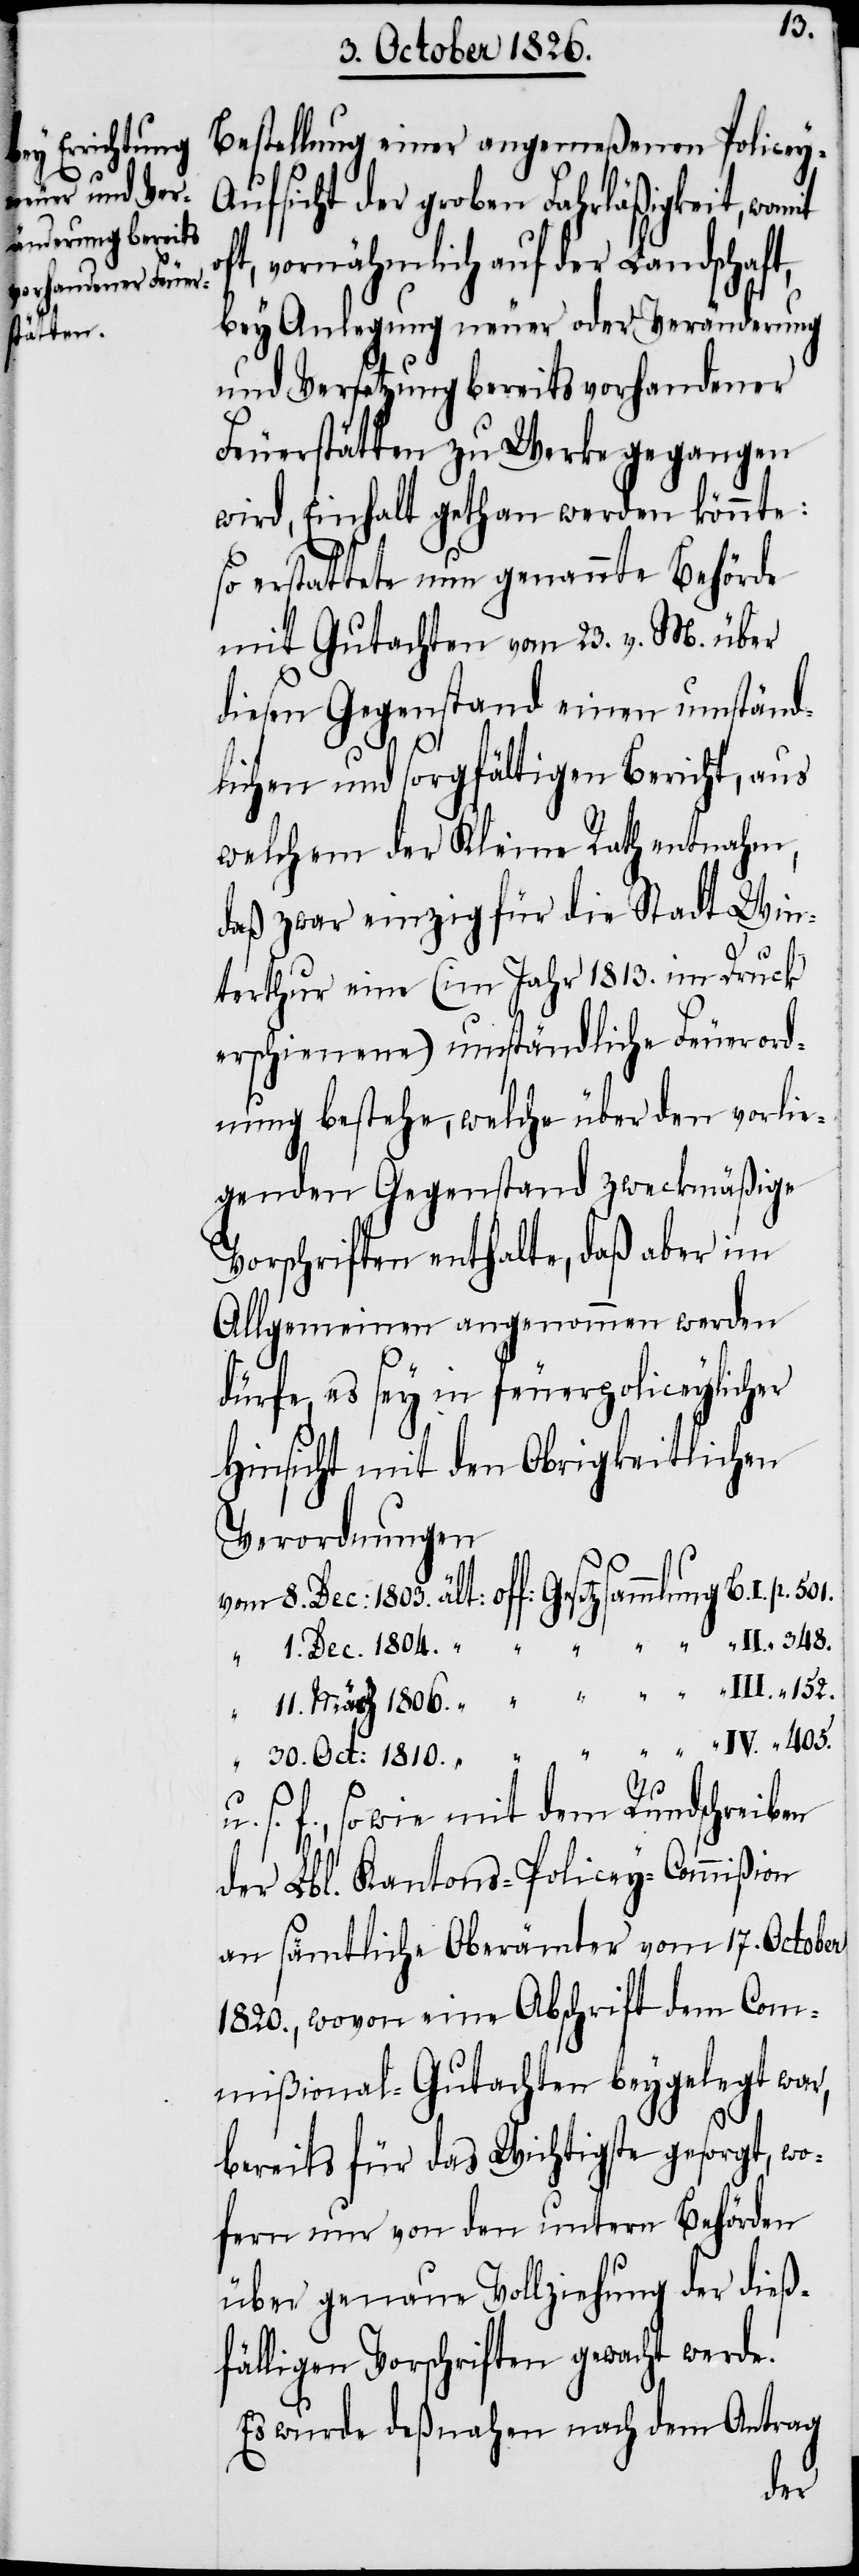
405.
Bestellung einer angemeßenen Policey-A¬
ufsicht der groben Fahrläßigkeit, womit
vornähmlich auf der Landschaft,
bey Anlegung neuer oder Veränderung
und Versetzung bereits vorhandener
Feuerstätten zu Werke gegangen
wird, Einhalt gethan werden könnte.
So erstattete nun genannte Behörde
mit Gutachten vom 23. v. M. über
diesen Gegenstand einen umständ¬
lichen und sorgfältigen Bericht, aus
welchem der Kleine Rath entnahm,
daß zwar einzig für die Stadt Win¬
terthur eine (im Jahr 1813. im Druck
erschienene) umständliche Feuerord¬
nung bestehe, welche über den vorlie¬
genden Gegenstand zweckmäßige
Vorschriften enthalte, daß aber im
Allgemeinen angenommen werden
dürfe, es sey in feuerpoliceylicher
Hinsicht mit den Obrigkeitlichen
Verordnungen
s. f., so wie mit dem Rundschreiben
der Lbl. Kantons-Policey-Commißion
an sämtliche Oberämter vom 18. October
1820., wovon eine Abschrift dem Com¬
mißional-Gutachten beygelegt war,
bereits für das Wichtigste gesorgt, wo¬
fern nur von den untern Behörden
über genaue Vollziehung der dieß¬
fälligen Vorschriften gewacht werde.
Es wurde deßnahen nach dem Antrag